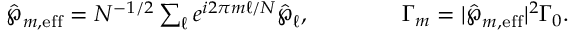
\begin{array} { r } { \hat { \boldsymbol { \wp } } _ { m , \mathrm { e f f } } = N ^ { - 1 / 2 } \sum _ { \ell } e ^ { i 2 \pi m \ell / N } \hat { \boldsymbol { \wp } } _ { \ell } , \qquad { } \qquad { } \Gamma _ { m } = | \hat { \boldsymbol { \wp } } _ { m , \mathrm { e f f } } | ^ { 2 } \Gamma _ { 0 } . } \end{array}